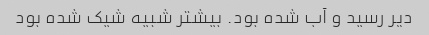
دیر رسید و آب شده بود. بیشتر شبیه شیک شده بود